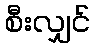
စီးလျှင်